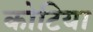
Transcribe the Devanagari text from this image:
कोटिया